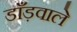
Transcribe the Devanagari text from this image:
डाँड़वाले